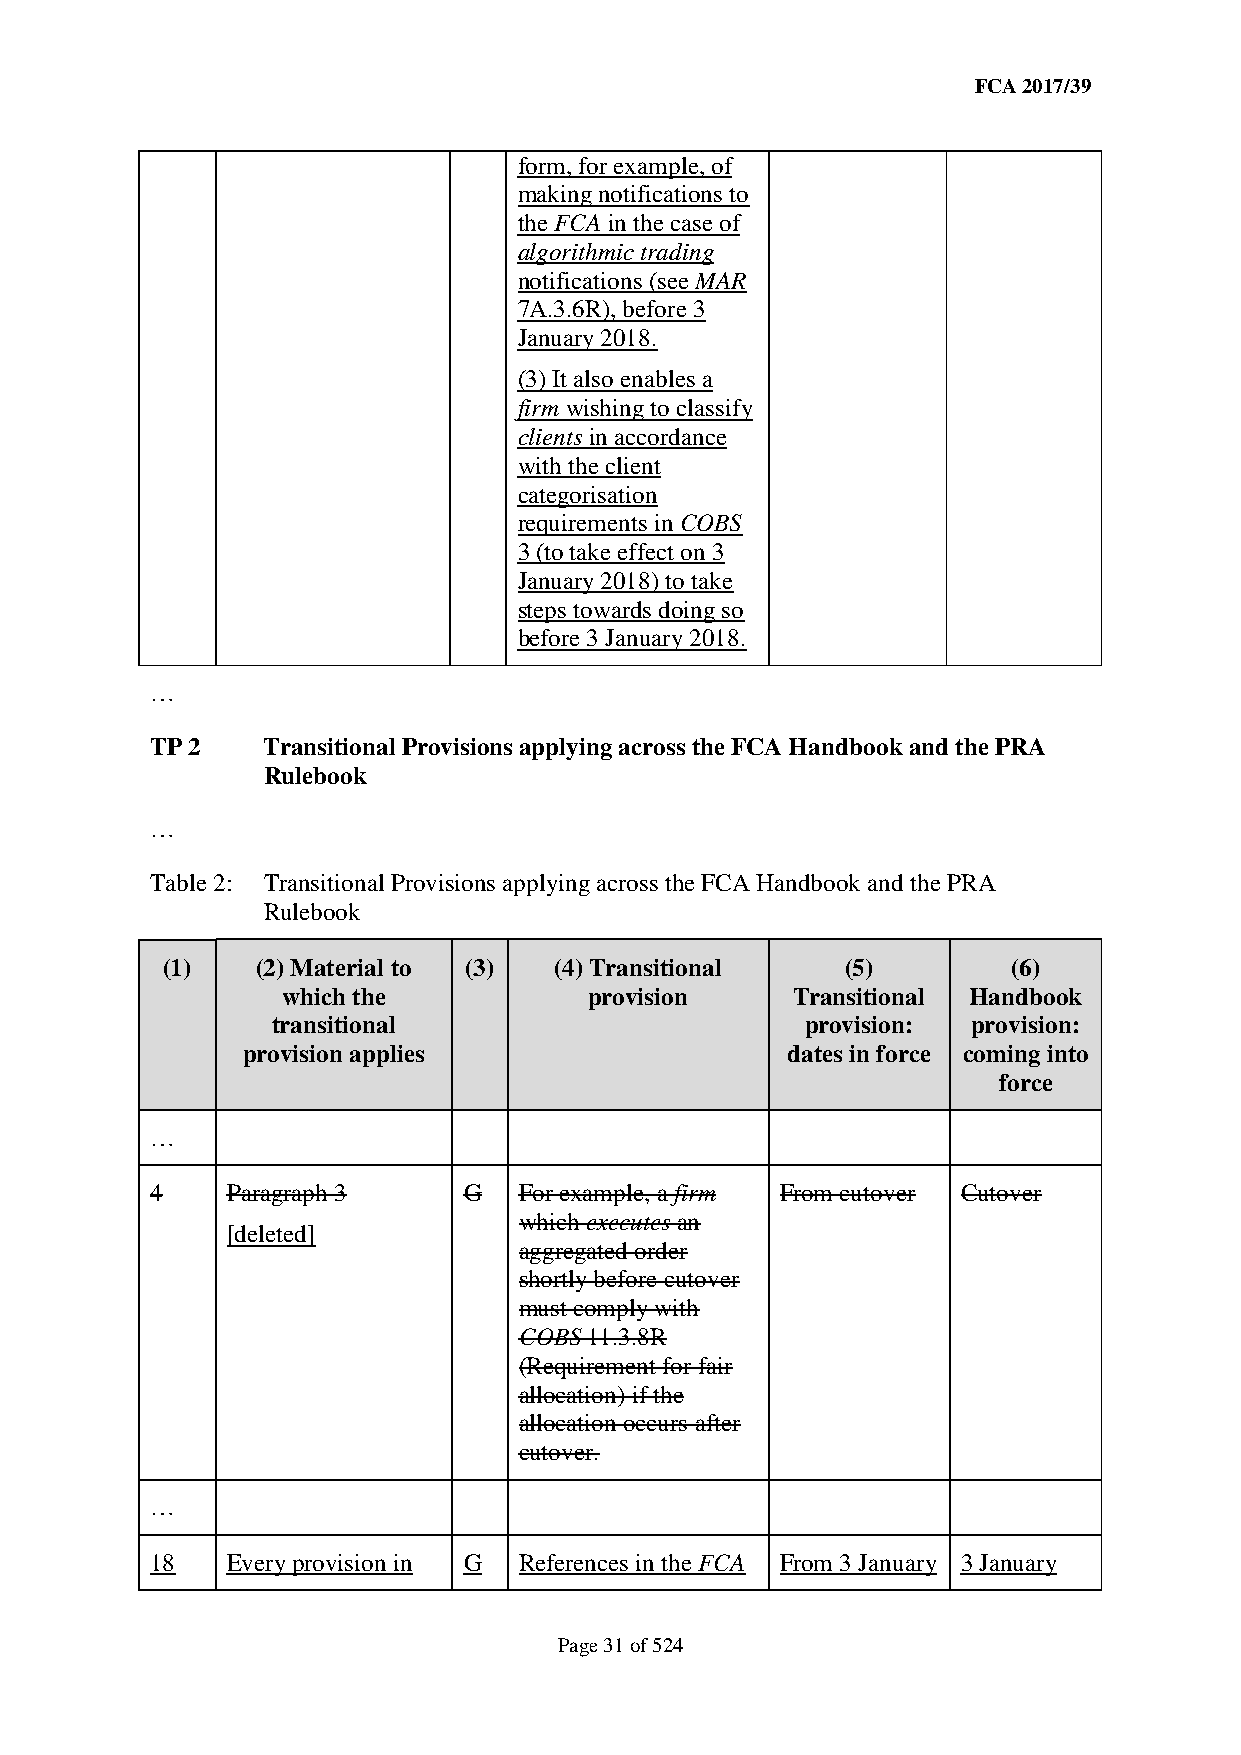
FCA 2017/39
 form, for example, of
 making notifications to
 the FCA in the case of
 algorithmic trading
 notifications (see MAR
 7A.3.6R), before 3
 January 2018.
 (3) It also enables a
 firm wishing to classify
 clients in accordance
 with the client
 categorisation
 requirements in COBS
 3 (to take effect on 3
 January 2018) to take
 steps towards doing so
 before 3 January 2018.
 …
 TP 2   Transitional Provisions applying across the FCA Handbook and the PRA
 Rulebook
 …
 Table 2: Transitional Provisions applying across the FCA Handbook and the PRA
 Rulebook
 (1)   (2) Material to (3) (4) Transitional   (5)        (6)
 which the           provision    Transitional Handbook
 transitional                       provision: provision:
 provision applies                   dates in force coming into
 force
 …
 4    Paragraph 3     G  For example, a firm From cutover Cutover
 which executes an
 [deleted]
 aggregated order
 shortly before cutover
 must comply with
 COBS 11.3.8R
 (Requirement for fair
 allocation) if the
 allocation occurs after
 cutover.
 …
 18   Every provision in G References in the FCA From 3 January 3 January
 Page 31 of 524